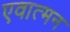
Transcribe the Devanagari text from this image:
एवात्मन